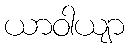
ယာဝါယျာ